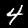
Digit: 4